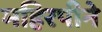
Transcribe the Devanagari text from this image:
महिरपीने